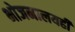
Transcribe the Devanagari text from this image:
भोजनालयही